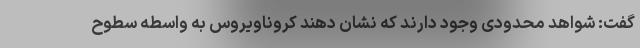
گفت: شواهد محدودی وجود دارند که نشان دهند کروناویروس به واسطه سطوح